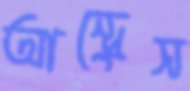
আন্দ্রেস